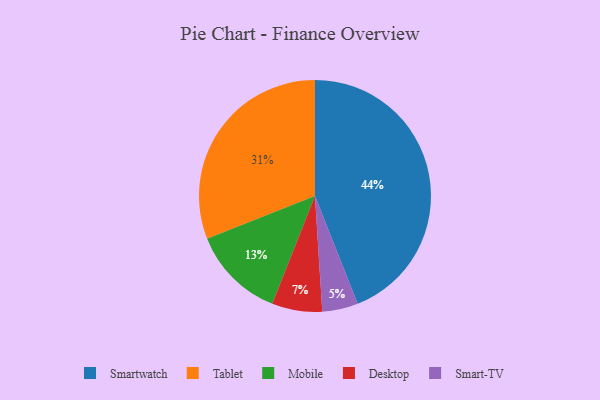
{"axis": {"x": "Category", "y": "Percentage"}, "legend": ["Desktop", "Mobile", "Smart-TV", "Smartwatch", "Tablet"], "data": [{"x": "Tablet", "y": 31, "type": "Tablet"}, {"x": "Mobile", "y": 13, "type": "Mobile"}, {"x": "Smartwatch", "y": 44, "type": "Smartwatch"}, {"x": "Smart-TV", "y": 5, "type": "Smart-TV"}, {"x": "Desktop", "y": 7, "type": "Desktop"}]}